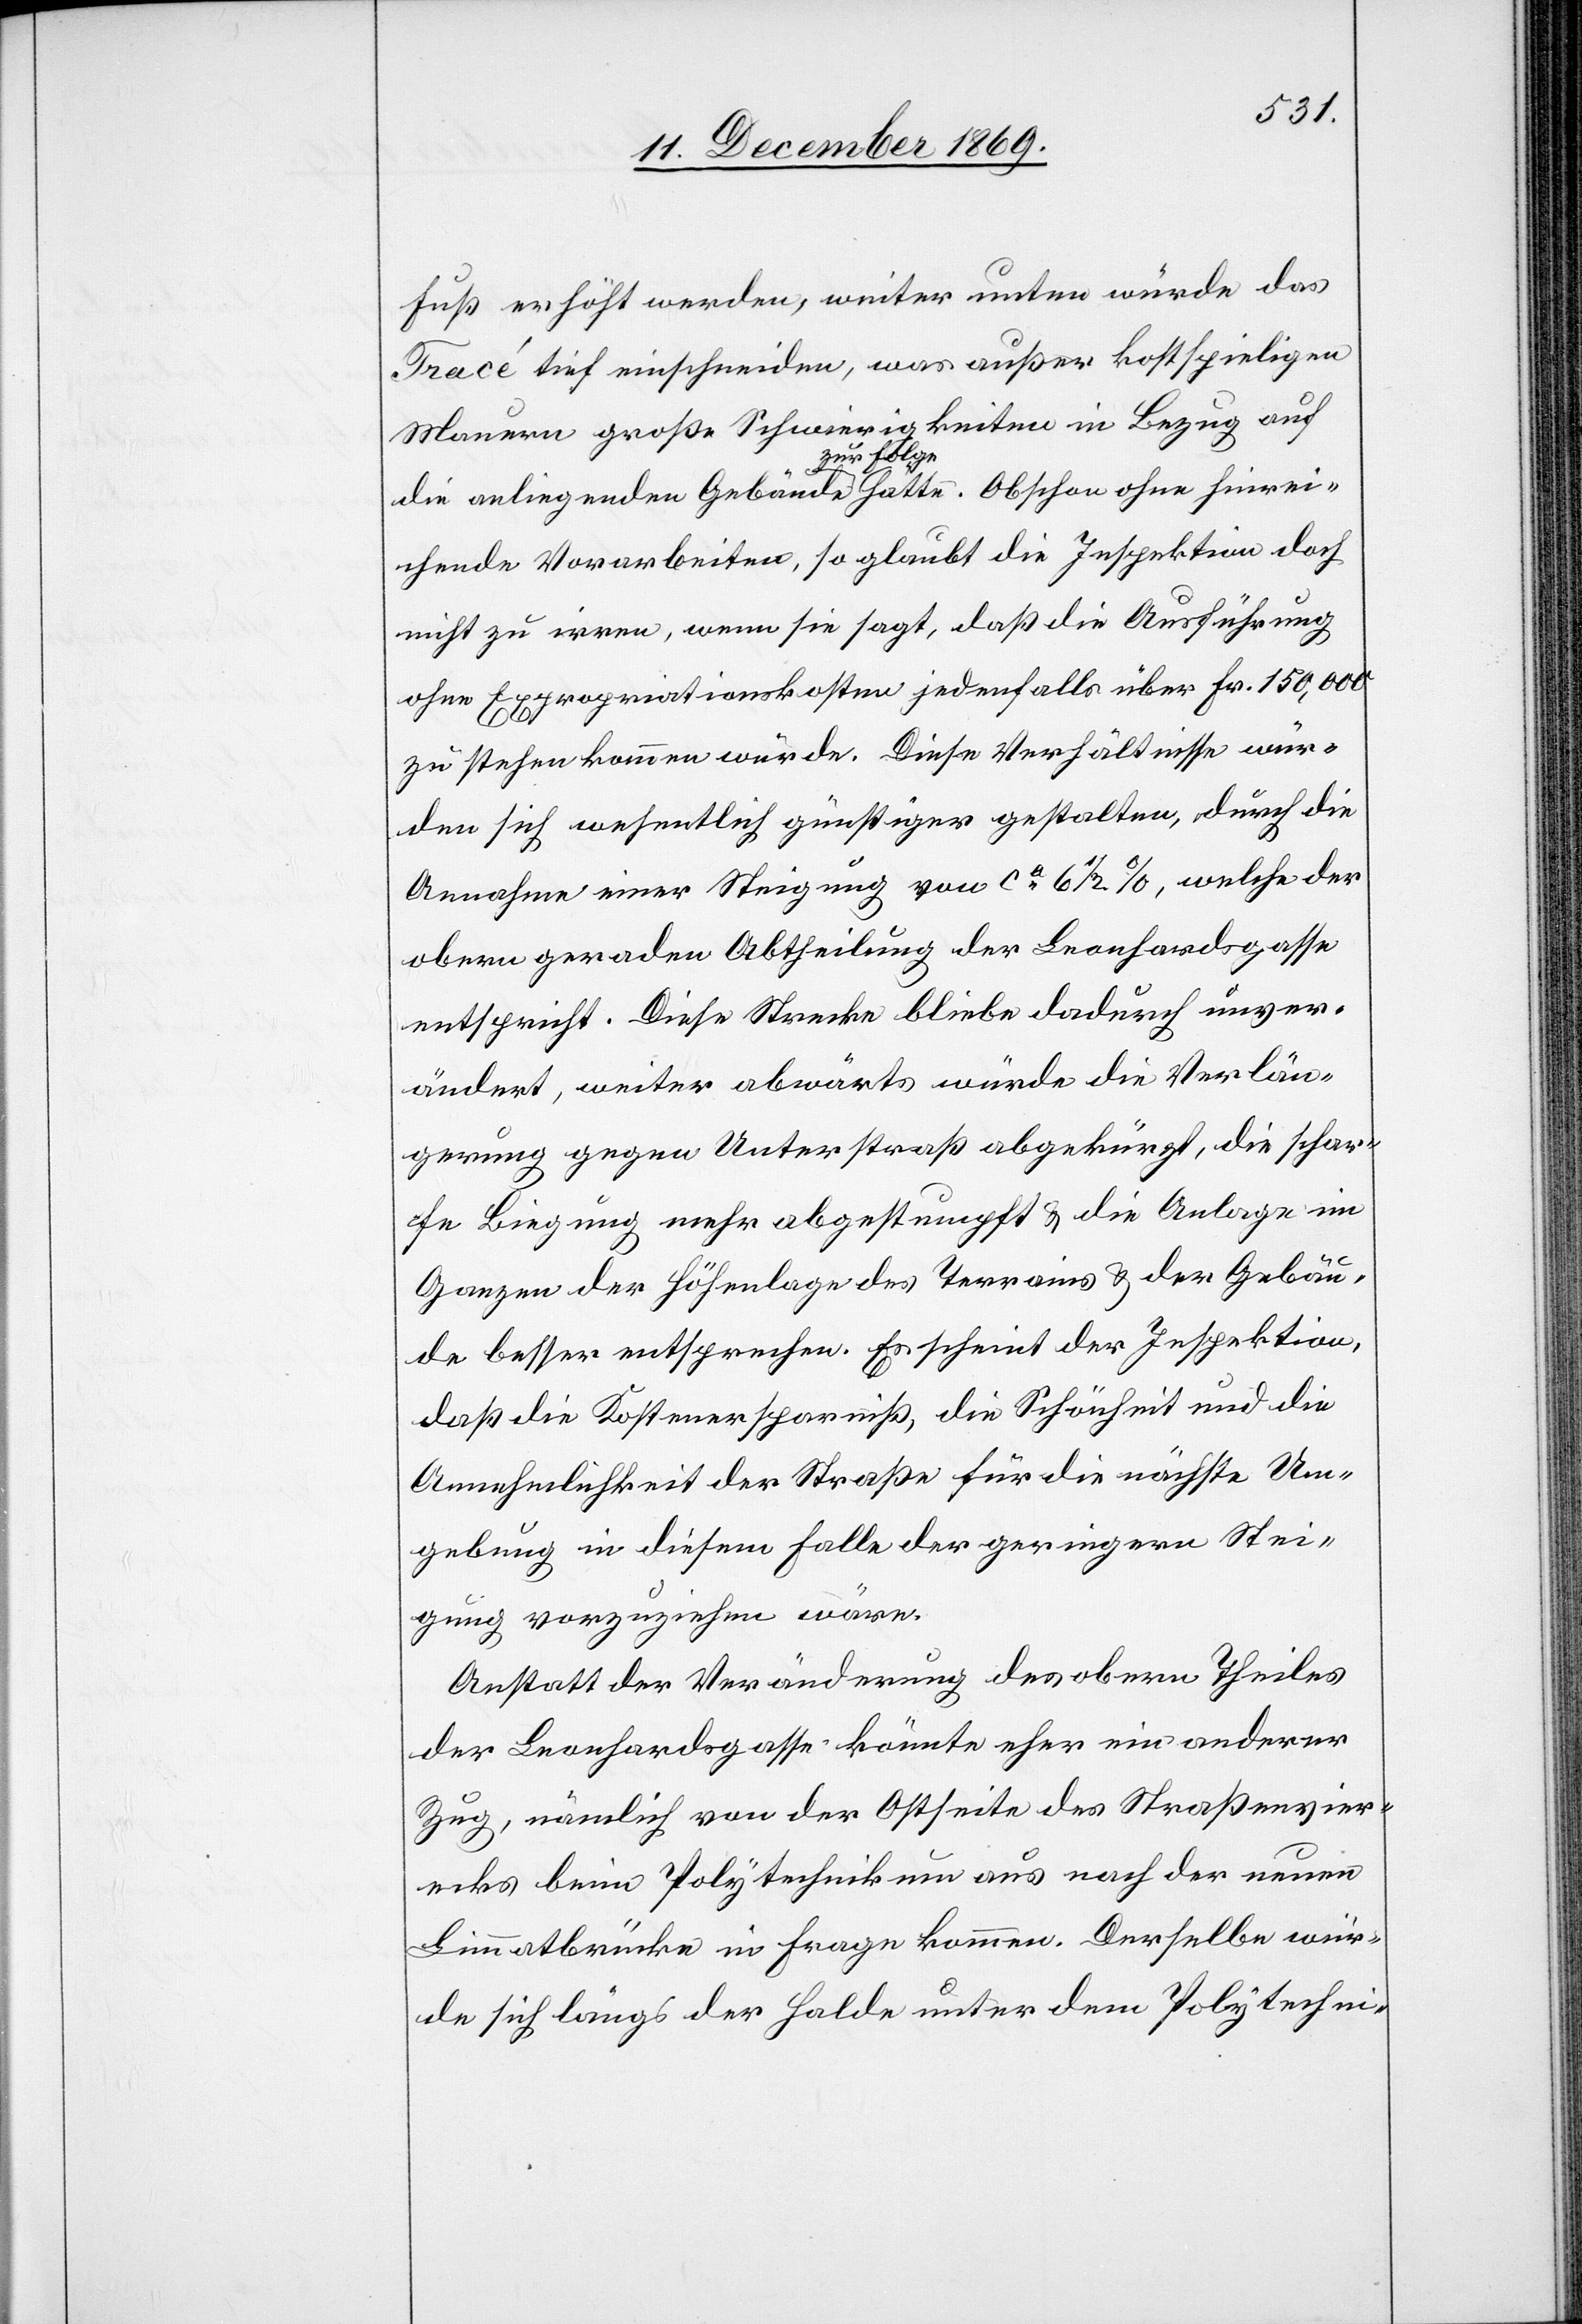
Fuß erhöht werden, weiter unten würde das
Tracé tief einschneiden, was außer kostspieligen
Mauern große Schwierigkeiten in Bezug auf
die anliegenden Gebäude zur Folge hätte. Obschon ohne hinrei¬
chende Vorarbeiten, so glaubt die Inspektion doch
nicht zu irren, wenn sie sagt, daß die Ausführung
ohne Expropriationskosten jedenfalls über Fr. 150,000
zu stehen kommen würde. Diese Verhältnisse wür¬
den sich wesentlich günstiger gestalten, durch die
Annahme einer Steigung von ca 6 1/2 %, welche der
obern geraden Abtheilung der Leonhardsgasse
entspricht. Diese Strecke bliebe dadurch unver¬
ändert, weiter abwärts würde die Verlän¬
gerung gegen Unterstraß abgekürzt, die schar¬
fe Biegung mehr abgestumpft & die Anlage im
Ganzen der Höhenlage des Terrains & der Gebäu¬
de besser entsprechen. Es scheint der Inspektion,
daß die Kostenersparniß, die Schönheit und die
Annehmlichkeit der Straße für die nächste Um¬
gebung in diesem Falle der geringern Stei¬
gung vorzuziehen wäre.
Anstatt der Veränderung des obern Theiles
der Leonhardsgasse könnte eher ein anderer
Zug, nämlich von der Ostseite des Straßenvier¬
ecks beim Polytechnikum aus nach der neuen
Limmatbrücke in Frage kommen. Derselbe wür¬
de sich längs der Halde unter dem Polytechni-